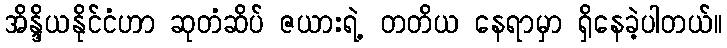
အိန္ဒိယနိုင်ငံဟာ ဆုတံဆိပ် ဇယားရဲ့ တတိယ နေရာမှာ ရှိနေခဲ့ပါတယ်။